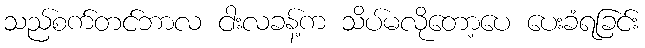
သည်စက်တင်ဘာလ ငါးလခန့်က သိပ်မလိုတော့ပေ ပေးခံရခြင်း